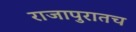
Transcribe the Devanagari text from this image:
राजापुरातच